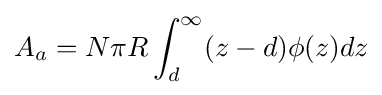
A_{a}=N\pi R\int _{d}^{\infty }(z-d)\phi (z)dz